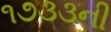
૧૭૩૩ની